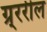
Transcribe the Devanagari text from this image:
ग्र्ररील